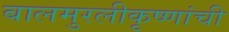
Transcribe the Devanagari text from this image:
बालमुरलीकृष्णांची